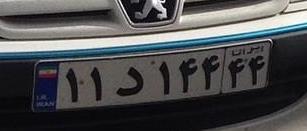
۱۱د۱۴۴۴۴